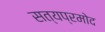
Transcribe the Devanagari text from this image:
सत्यप्रमोद